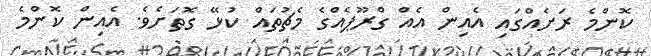
ކޮންމެ ރަށެއްގައި އެއިން އެއް ގްރޫޕެއްގެ މެޗުތައް ކުޅޭ ގޮތަށެވެ. އެއިން ކޮންމެ